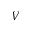
V